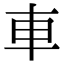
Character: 車